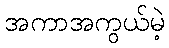
အကာအကွယ်မဲ့